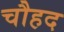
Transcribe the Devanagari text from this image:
चौहद